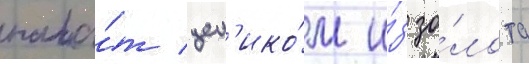
пала́т цел'ико́м и́з зо́лота